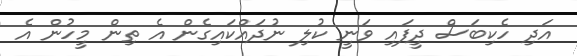
އަދި ހެކިބަސް ދީފައި ވަނީ ކުލި ނުދައްކައިގެން އެ ތިން މީހުން އެ